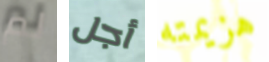
لم أجل هزيمته